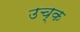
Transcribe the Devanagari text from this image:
उच्क